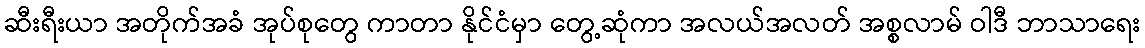
ဆီးရီးယာ အတိုက်အခံ အုပ်စုတွေ ကာတာ နိုင်ငံမှာ တွေ့ဆုံကာ အလယ်အလတ် အစ္စလာမ် ဝါဒီ ဘာသာရေး